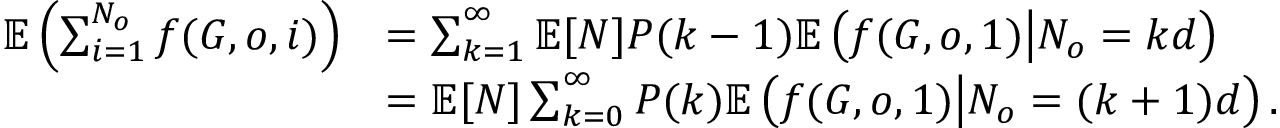
\begin{array} { r l } { \mathbb { E } \left( \sum _ { i = 1 } ^ { N _ { o } } f ( G , o , i ) \right) } & { = \sum _ { k = 1 } ^ { \infty } \mathbb { E } [ N ] P ( k - 1 ) \mathbb { E } \left( f ( G , o , 1 ) \big | N _ { o } = k d \right) } \\ & { = \mathbb { E } [ N ] \sum _ { k = 0 } ^ { \infty } P ( k ) \mathbb { E } \left( f ( G , o , 1 ) \big | N _ { o } = ( k + 1 ) d \right) . } \end{array}